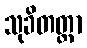
သုခိတတ္တာ